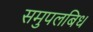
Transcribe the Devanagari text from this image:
समुपलबिध